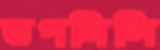
তপসিলি